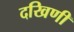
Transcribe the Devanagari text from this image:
दखिणी